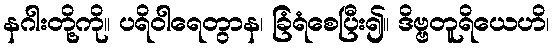
နဂါးတို့ကို။ ပရိဝါရေတွာန၊ ခြံရံစေပြီး၍။ ဒိဗ္ဗတူရိယေဟိ၊